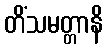
တိံသမတ္တာနိ